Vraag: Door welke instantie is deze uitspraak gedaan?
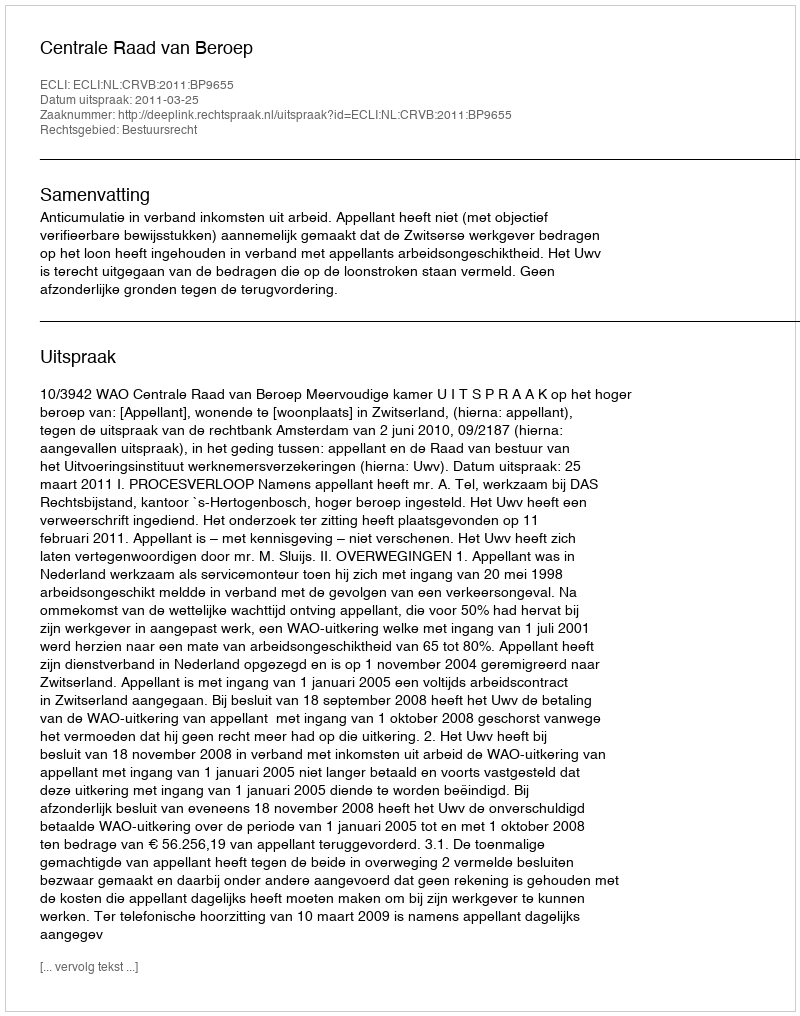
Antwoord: Centrale Raad van Beroep